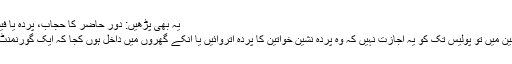
یہ بھی پڑھیں: دور حاضر کا حجاب، پردہ یا فیشن - طوبی صدیقی
ہمارے ملک کے آئین میں تو پولیس تک کو یہ اجازت نہیں کہ وہ پردہ نشین خواتین کا پردہ اتروائیں یا انکے گھروں میں داخل ہوں کجا کہ ایک گورنمنٹ کالج کی انتظامیہ؟